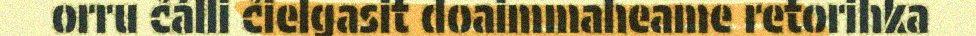
orru čálli čielgasit doaimmaheame retorihka